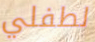
لطفلي